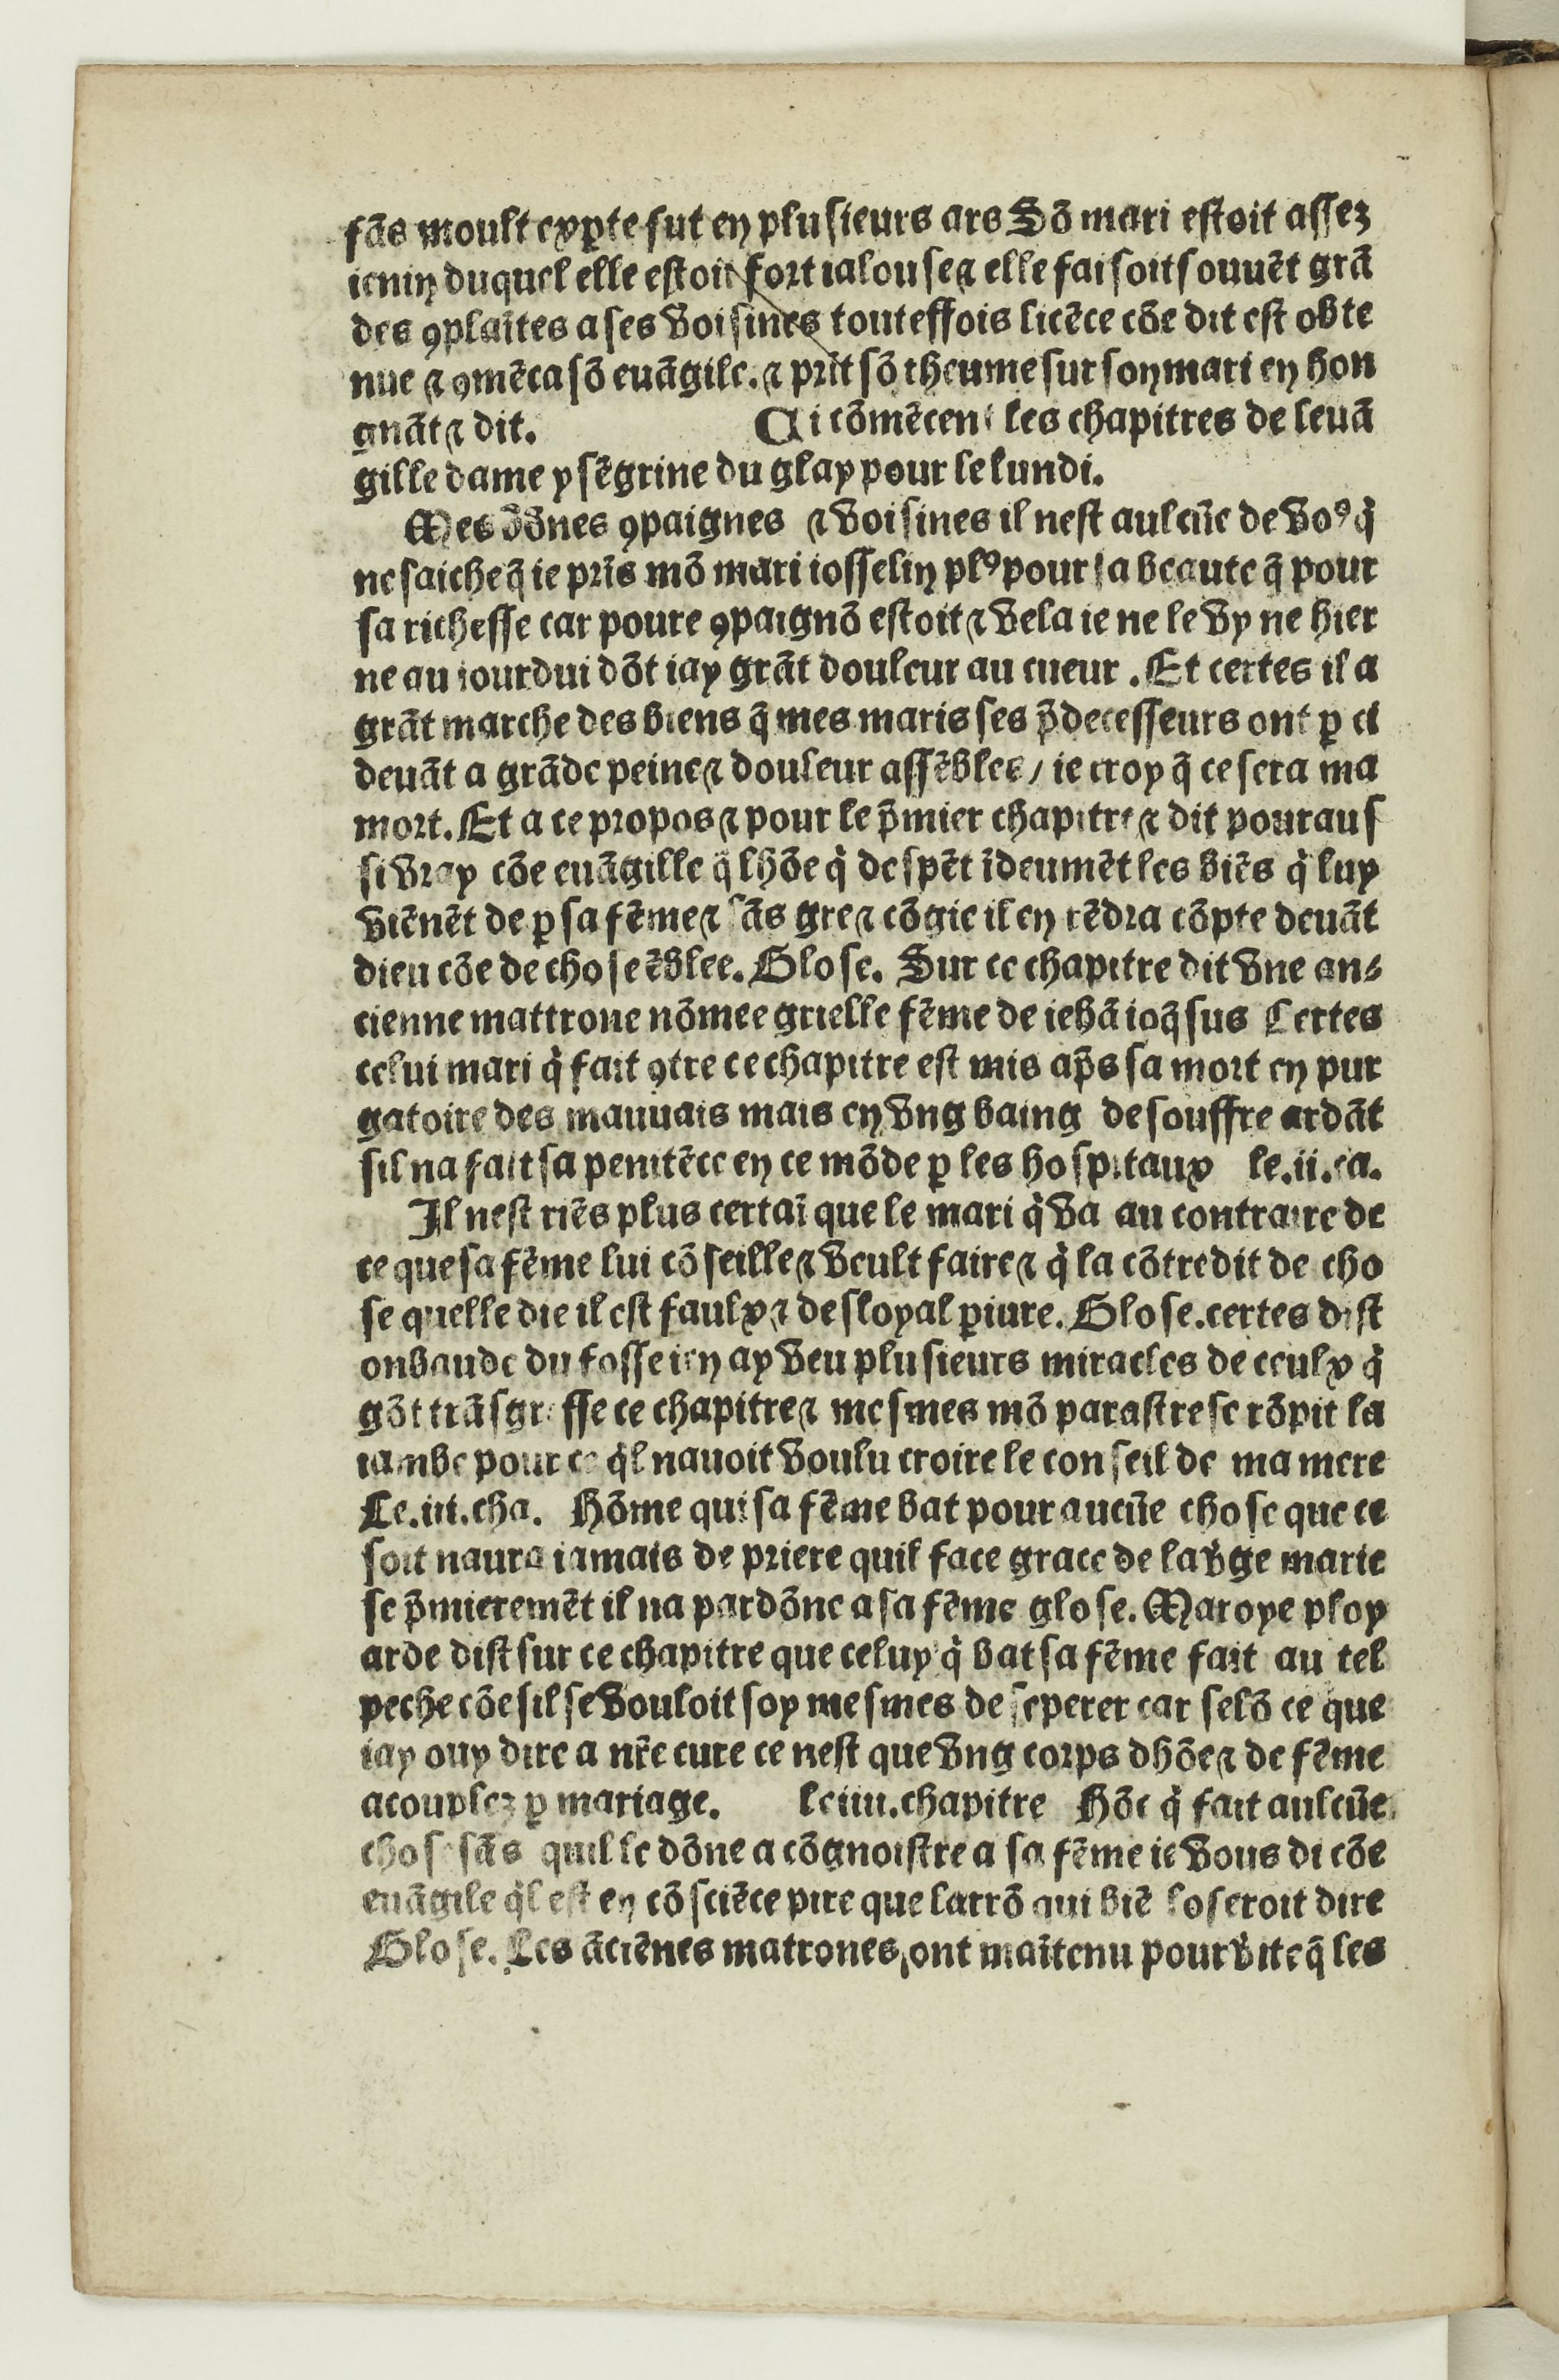
Shelfmark: Paris, BnF, Rés. Y2-733
Century: 16